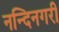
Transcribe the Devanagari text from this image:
नन्दिनगरी